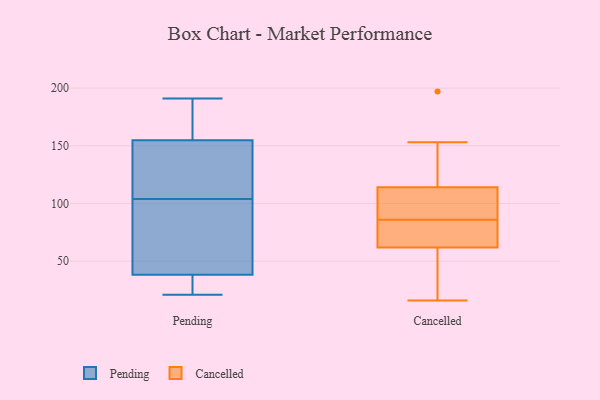
{"axis": {"x": "Net Income (USD K)", "y": "Value"}, "legend": ["Cancelled", "Pending"], "data": [{"x": "", "y": 104, "type": "Pending"}, {"x": "", "y": 30, "type": "Pending"}, {"x": "", "y": 63, "type": "Pending"}, {"x": "", "y": 79, "type": "Pending"}, {"x": "", "y": 76, "type": "Pending"}, {"x": "", "y": 191, "type": "Pending"}, {"x": "", "y": 190, "type": "Pending"}, {"x": "", "y": 164, "type": "Pending"}, {"x": "", "y": 159, "type": "Pending"}, {"x": "", "y": 26, "type": "Pending"}, {"x": "", "y": 24, "type": "Pending"}, {"x": "", "y": 105, "type": "Pending"}, {"x": "", "y": 21, "type": "Pending"}, {"x": "", "y": 142, "type": "Pending"}, {"x": "", "y": 106, "type": "Pending"}, {"x": "", "y": 86, "type": "Cancelled"}, {"x": "", "y": 108, "type": "Cancelled"}, {"x": "", "y": 16, "type": "Cancelled"}, {"x": "", "y": 115, "type": "Cancelled"}, {"x": "", "y": 70, "type": "Cancelled"}, {"x": "", "y": 107, "type": "Cancelled"}, {"x": "", "y": 21, "type": "Cancelled"}, {"x": "", "y": 50, "type": "Cancelled"}, {"x": "", "y": 29, "type": "Cancelled"}, {"x": "", "y": 138, "type": "Cancelled"}, {"x": "", "y": 116, "type": "Cancelled"}, {"x": "", "y": 111, "type": "Cancelled"}, {"x": "", "y": 79, "type": "Cancelled"}, {"x": "", "y": 197, "type": "Cancelled"}, {"x": "", "y": 67, "type": "Cancelled"}, {"x": "", "y": 105, "type": "Cancelled"}, {"x": "", "y": 153, "type": "Cancelled"}, {"x": "", "y": 60, "type": "Cancelled"}, {"x": "", "y": 77, "type": "Cancelled"}]}